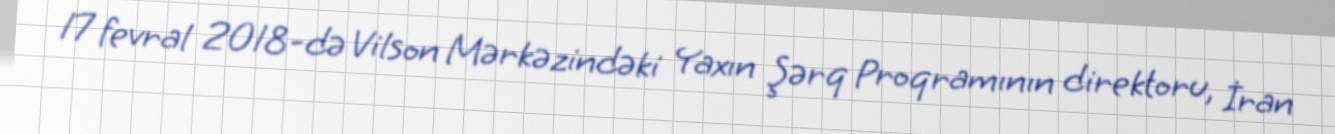
17 fevral 2018-də Vilson Mərkəzindəki Yaxın Şərq Proqramının direktoru, İran